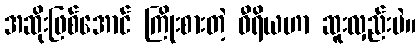
အဆိုးဖြစ်အောင် ကြိုးစားတဲ့ ဝီရိယဟာ ဆူးလှည်းပဲ။